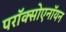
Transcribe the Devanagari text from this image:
परॉक्सोएनॉयन